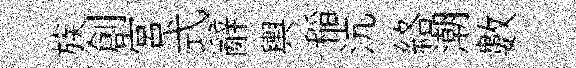
族創宫式辭輿稲沆絡潮數